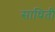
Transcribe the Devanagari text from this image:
साधिती